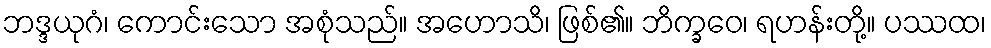
ဘဒ္ဒယုဂံ၊ ကောင်းသော အစုံသည်။ အဟောသိ၊ ဖြစ်၏။ ဘိက္ခဝေ၊ ရဟန်းတို့။ ပဿထ၊